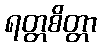
ရတ္တစိတ္တာ